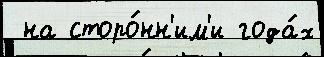
 на сторо́нн'им'и года́х